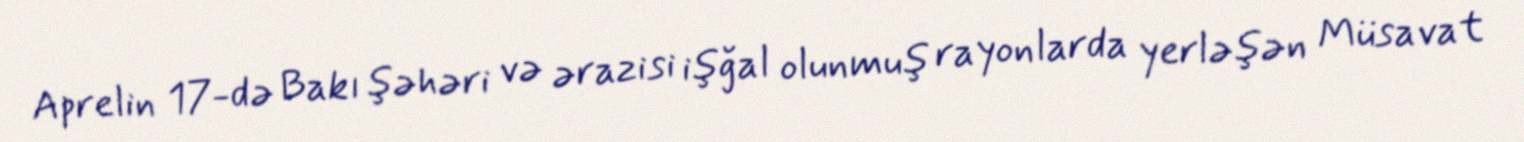
Aprelin 17-də Bakı şəhəri və ərazisi işğal olunmuş rayonlarda yerləşən Müsavat